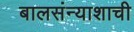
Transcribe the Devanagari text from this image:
बालसंन्याशाची